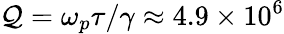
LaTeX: \mathcal{Q}=\omega_{p}\tau/\gamma\approx 4.9\times 10^{6}